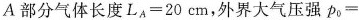
A部分气体长度$$L_{A}=20cm$$，外界大气压强p_{0}=